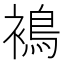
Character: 𧜣